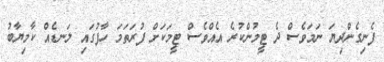
ފެނިގެންދިޔަ ނަމަވެސް ދެ ޓީމުންކުރެ އެއްވެސް ޓީމަކަށް ފުރަތަމަ ހާފުގައި ލަނޑެއް ކާމިޔާބު